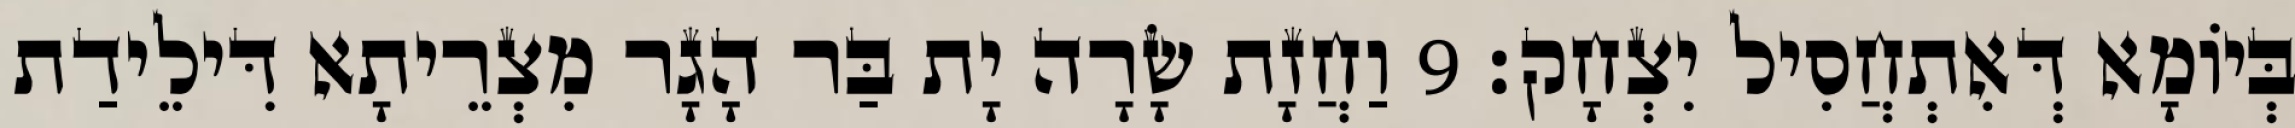
בְּיוֹמָא דְּאִתְחֲסִיל יִצְחָק׃ 9 וַחֲזָת שָׂרָה יָת בַּר הָגָר מִצְרֵיתָא דִּילֵידַת